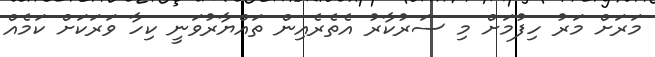
މަރަށް މަރު ހިފުމަށް މި ސަރުކާރު އެތެރެއިން ތައްޔާރުވަނީ ކިހާ ވަރަކަށް ކަމެއް